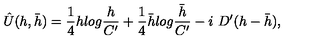
\hat { U } ( h , \bar { h } ) = { \frac { 1 } { 4 } } h l o g { \frac { h } { C ^ { \prime } } } + { \frac { 1 } { 4 } } \bar { h } l o g { \frac { \bar { h } } { C ^ { \prime } } } - i \ D ^ { \prime } ( h - \bar { h } ) ,